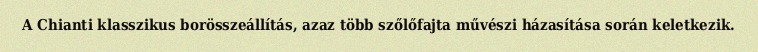
A Chianti klasszikus borösszeállítás, azaz több szőlőfajta művészi házasítása során keletkezik.